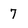
Character: 7